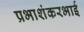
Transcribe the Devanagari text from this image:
प्रभाशंकरभाई